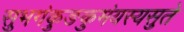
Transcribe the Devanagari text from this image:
सुभगंकुङकुमंयस्यसुते